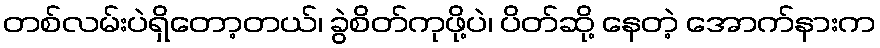
တစ်လမ်းပဲရှိတော့တယ်၊ ခွဲစိတ်ကုဖို့ပဲ၊ ပိတ်ဆို့ နေတဲ့ အောက်နားက